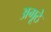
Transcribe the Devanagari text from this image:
अगूठे